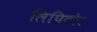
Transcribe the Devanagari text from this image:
लिपिटोर